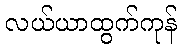
လယ်ယာထွက်ကုန်